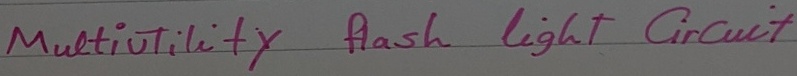
Text: Multiutility  flash  light   Circuit